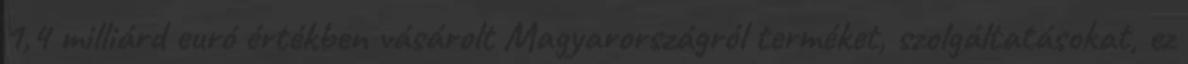
1,4 milliárd euró értékben vásárolt Magyarországról terméket, szolgáltatásokat, ez